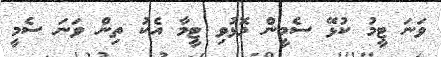
ވަނަ ޓީމު ކުޅޭ ސެމީން މޮޅުވި ޓީމާ އެކު ތިން ވަނަ ސެމީ